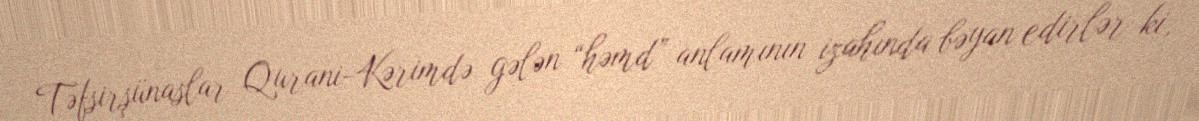
Təfsirşünaslar Qurani-Kərimdə gələn “həmd” anlamının izahında bəyan edirlər ki,